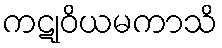
ကဋုဝိယမကာသိ